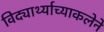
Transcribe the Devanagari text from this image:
विद्यार्थ्याच्याकलेने